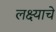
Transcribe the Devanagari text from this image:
लक्ष्याचे